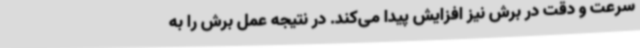
سرعت و دقت در برش نیز افزایش پیدا می‌کند. در نتیجه عمل برش را به